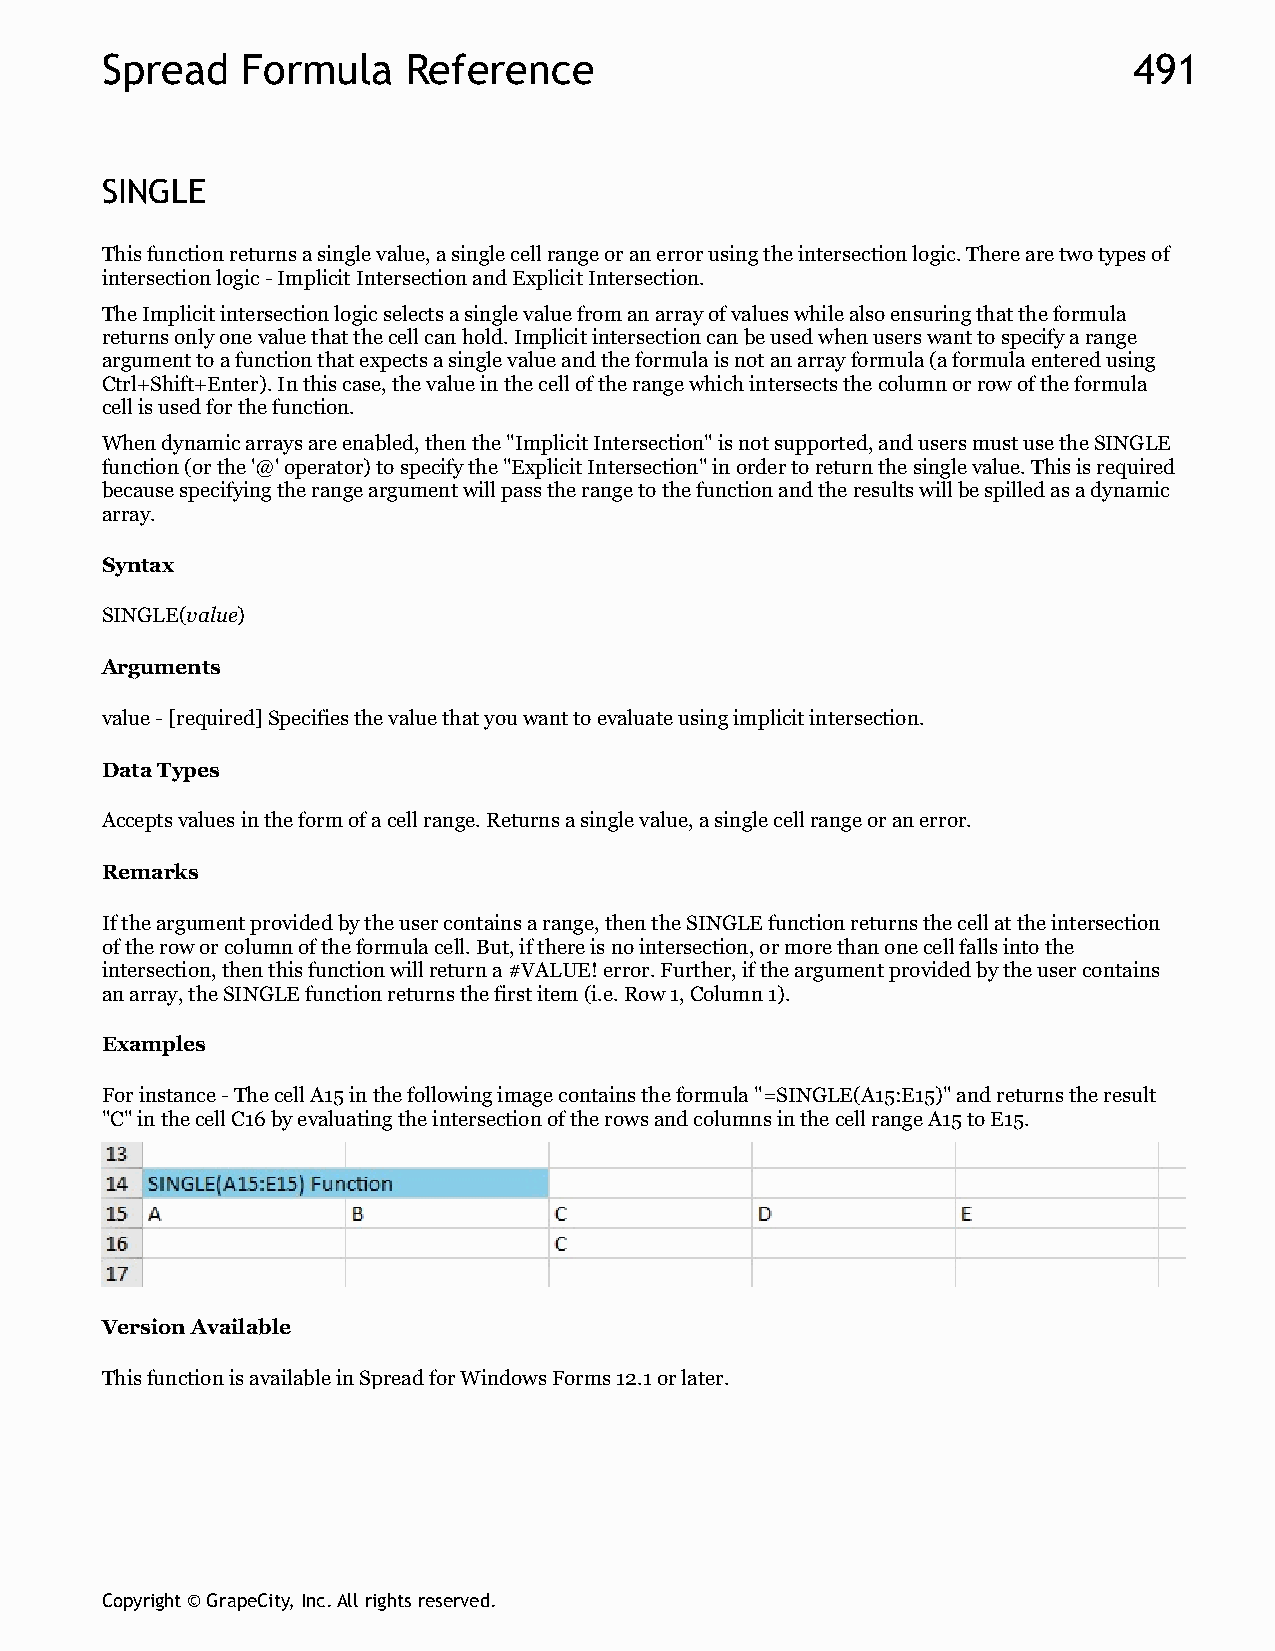
Spread   Formula    Reference                                       491
 SINGLE
 This function returns a single value, a single cell range or an error using the intersection logic. There are two types of
 intersection logic - Implicit Intersection and Explicit Intersection.
 The Implicit intersection logic selects a single value from an array of values while also ensuring that the formula
 returns only one value that the cell can hold. Implicit intersection can be used when users want to specify a range
 argument to a function that expects a single value and the formula is not an array formula (a formula entered using
 Ctrl+Shift+Enter). In this case, the value in the cell of the range which intersects the column or row of the formula
 cell is used for the function.
 When dynamic arrays are enabled, then the "Implicit Intersection" is not supported, and users must use the SINGLE
 function (or the '@' operator) to specify the "Explicit Intersection" in order to return the single value. This is required
 because specifying the range argument will pass the range to the function and the results will be spilled as a dynamic
 array.
 Syntax
 SINGLE(value)
 Arguments
 value - [required] Specifies the value that you want to evaluate using implicit intersection.
 Data Types
 Accepts values in the form of a cell range. Returns a single value, a single cell range or an error.
 Remarks
 If the argument provided by the user contains a range, then the SINGLE function returns the cell at the intersection
 of the row or column of the formula cell. But, if there is no intersection, or more than one cell falls into the
 intersection, then this function will return a #VALUE! error. Further, if the argument provided by the user contains
 an array, the SINGLE function returns the first item (i.e. Row 1, Column 1).
 Examples
 For instance - The cell A15 in the following image contains the formula "=SINGLE(A15:E15)" and returns the result
 "C" in the cell C16 by evaluating the intersection of the rows and columns in the cell range A15 to E15.
 Version Available
 This function is available in Spread for Windows Forms 12.1 or later.
 Copyright © GrapeCity, Inc. All rights reserved.